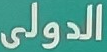
الدولى